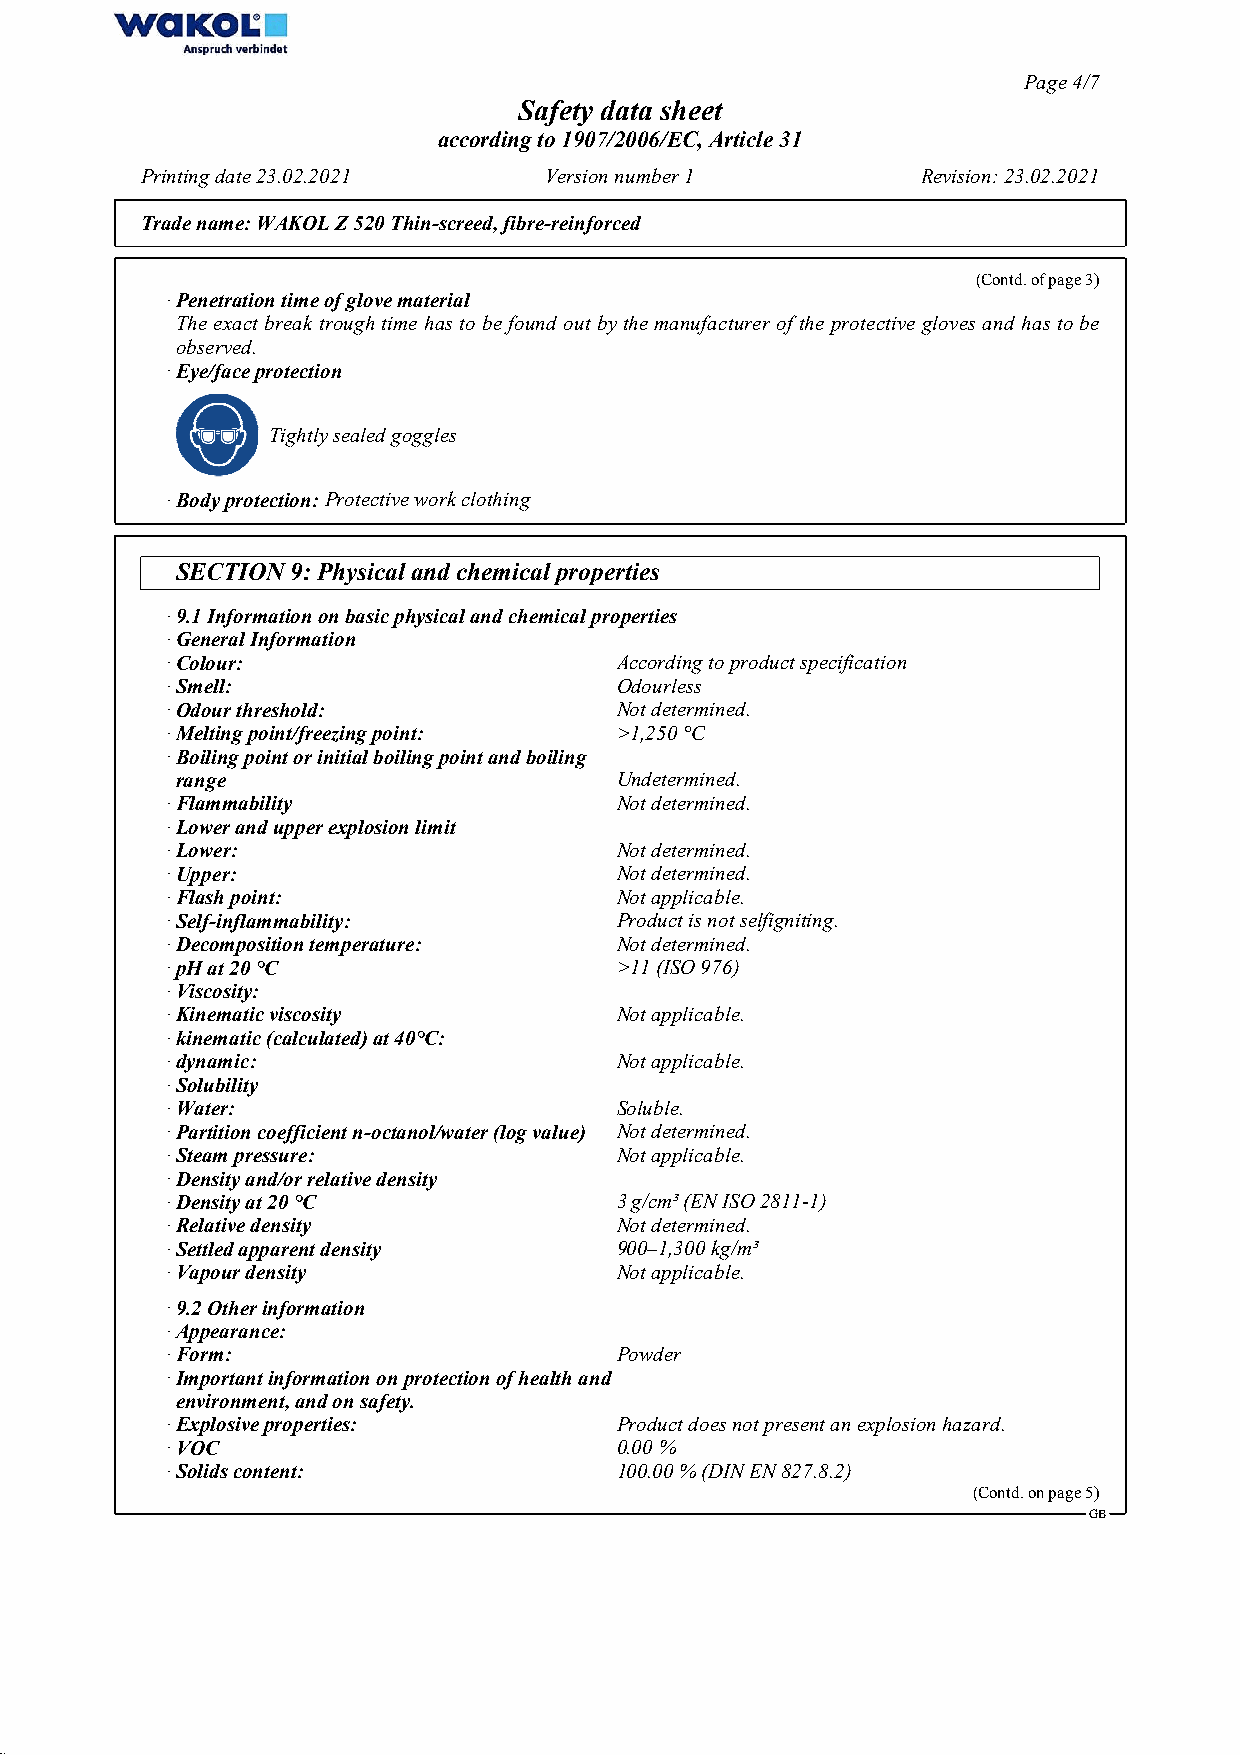
Page 4/7
 Safety data sheet
 according to 1907/2006/EC, Article 31
 Printing date 23.02.2021   Version number 1         Revision: 23.02.2021
 Trade name:WAKOL Z 520 Thin-screed, fibre-reinforced
 (Contd. of page 3)
 · Penetration time of glove material
 The exact break trough time has to be found out by the manufacturer of the protective gloves and has to be
 observed.
 · Eye/face protection
 Tightly sealed goggles
 · Body protection:Protective work clothing
 SECTION 9: Physical and chemical properties
 · 9.1 Information on basic physical and chemical properties
 · General Information
 · Colour:                     According to product specification
 · Smell:                      Odourless
 · Odour threshold:            Not determined.
 · Melting point/freezing point: >1,250 °C
 · Boiling point or initial boiling point and boiling
 range                        Undetermined.
 · Flammability                Not determined.
 · Lower and upper explosion limit
 · Lower:                      Not determined.
 · Upper:                      Not determined.
 · Flash point:                Not applicable.
 · Self-inflammability:        Product is not selfigniting.
 · Decomposition temperature:  Not determined.
 · pH at 20 °C                 >11 (ISO 976)
 · Viscosity:
 · Kinematic viscosity         Not applicable.
 · kinematic (calculated) at 40°C:
 · dynamic:                    Not applicable.
 · Solubility
 · Water:                      Soluble.
 · Partition coefficient n-octanol/water (log value) Not determined.
 · Steam pressure:             Not applicable.
 · Density and/or relative density
 · Density at 20 °C            3 g/cm³ (EN ISO 2811-1)
 · Relative density            Not determined.
 · Settled apparent density    900–1,300 kg/m³
 · Vapour density              Not applicable.
 · 9.2 Other information
 · Appearance:
 · Form:                       Powder
 · Important information on protection of health and
 environment, and on safety.
 · Explosive properties:       Product does not present an explosion hazard.
 · VOC                         0.00 %
 · Solids content:             100.00 % (DIN EN 827.8.2)
 (Contd. on page 5)
 GB
 52.1.2.1